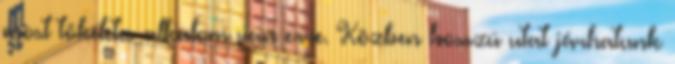
most tökéletes alkalom van erre. Közben hosszú utat járhatunk